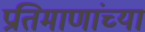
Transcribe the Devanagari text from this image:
प्रतिमाणांच्या